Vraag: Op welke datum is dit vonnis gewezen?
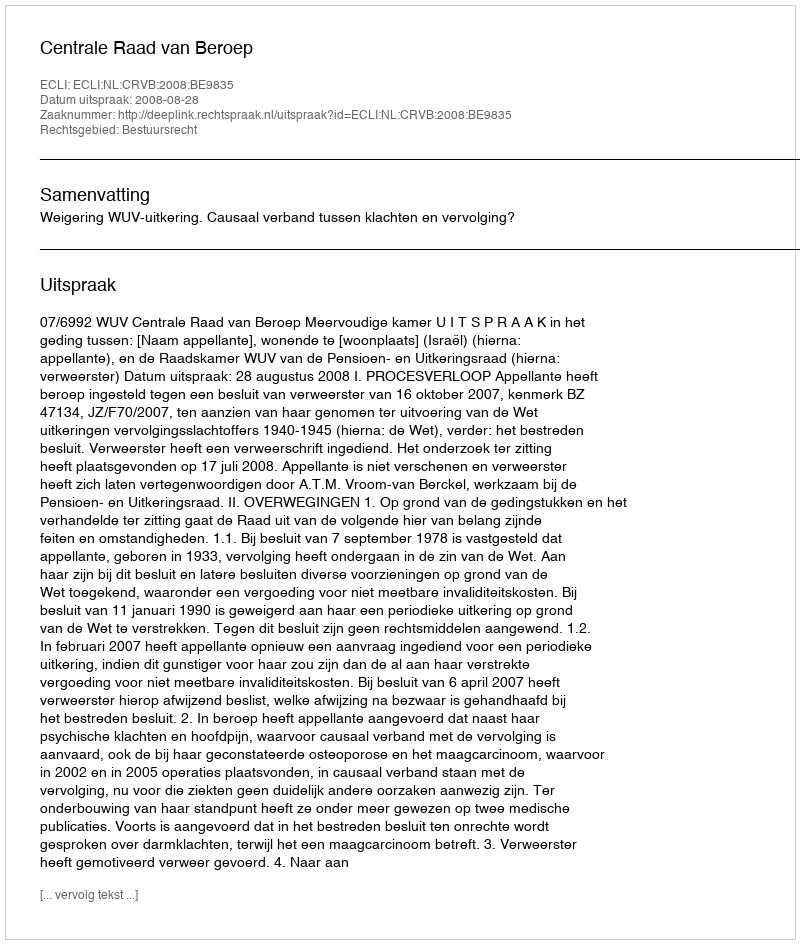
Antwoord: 2008-08-28